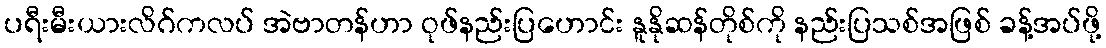
ပရီးမီးယားလိဂ်ကလပ် အဲဗာတန်ဟာ ဝုဖ်နည်းပြဟောင်း နူနိုဆန်တိုစ်ကို နည်းပြသစ်အဖြစ် ခန့်အပ်ဖို့